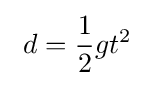
\ d={\frac {1}{2}}gt^{2}